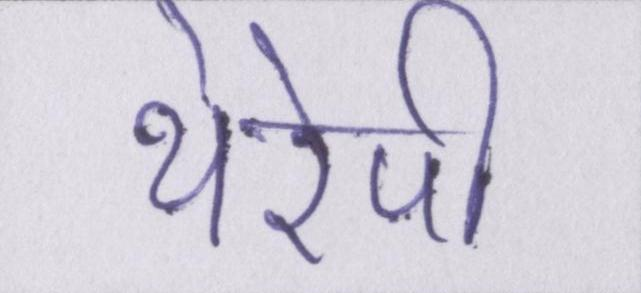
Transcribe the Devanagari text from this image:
थेरेपी